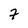
Character: 7